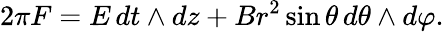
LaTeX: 2\pi F=E\, dt\land dz+Br^{2}\sin\theta\, d\theta\land d\varphi.